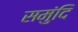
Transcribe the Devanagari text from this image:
समुंदि